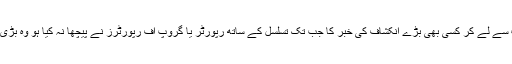
یوں دیکھا جائے تو واٹرگیٹ سے لے کر کسی بھی بڑے انکشاف کی خبر کا جب تک تسلسل کے ساتھ رپورٹر یا گروپ آف رپورٹرز نے پیچھا نہ کیا ہو وہ بڑی تبدیلی کا سبب نہیں بنی ہے۔